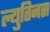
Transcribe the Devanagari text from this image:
ल्युतिनस